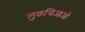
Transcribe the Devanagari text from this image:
लुकचिआओ